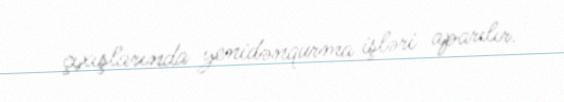
çıxışlarında yenidənqurma işləri aparılır.